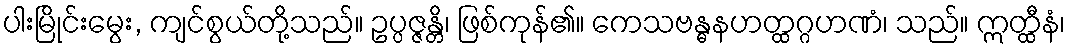
ပါးမြိုင်းမွေး, ကျင်စွယ်တို့သည်။ ဥပ္ပဇ္ဇန္တိ၊ ဖြစ်ကုန်၏။ ကေသဗန္ဓနဟတ္ထဂ္ဂဟဏံ၊ သည်။ ဣတ္ထီနံ၊